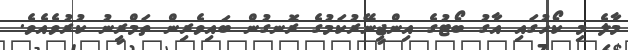
މާލެ މި ކޯހުގައި އާގު ބޯޓުގެ އިންޖީނޭރުކަމުގެ ރޮނގުން ބައިވެރިން ތަމްރީނު ކުރުވެއެވެ.